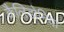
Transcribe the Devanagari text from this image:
कैलिडोनिया